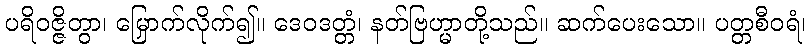
ပရိဝဇ္ဇိတွာ၊ မြှောက်လိုက်၍။ ဒေဝဒတ္တံ၊ နတ်ဗြဟ္မာတို့သည်။ ဆက်ပေးသော။ ပတ္တစီဝရံ၊